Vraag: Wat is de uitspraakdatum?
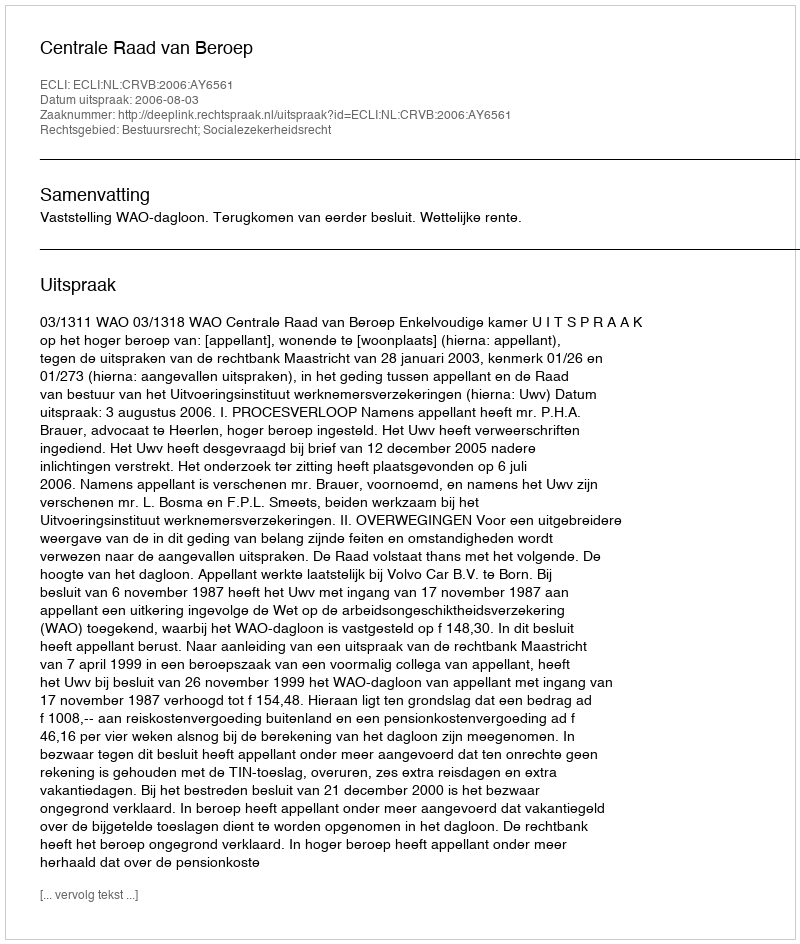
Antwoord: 2006-08-03